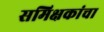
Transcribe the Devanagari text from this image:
समिक्षकांचा